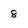
Character: 8